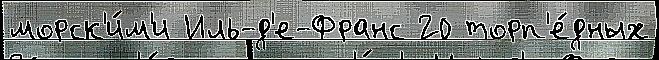
морск'и́м'и Иль-д'е-Франс 20 торп'е́дных